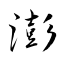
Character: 澎